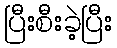
ပြီးစီးခဲ့ပြီး